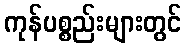
ကုန်ပစ္စည်းများတွင်